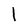
Character: l